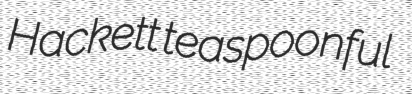
Hackett teaspoonful